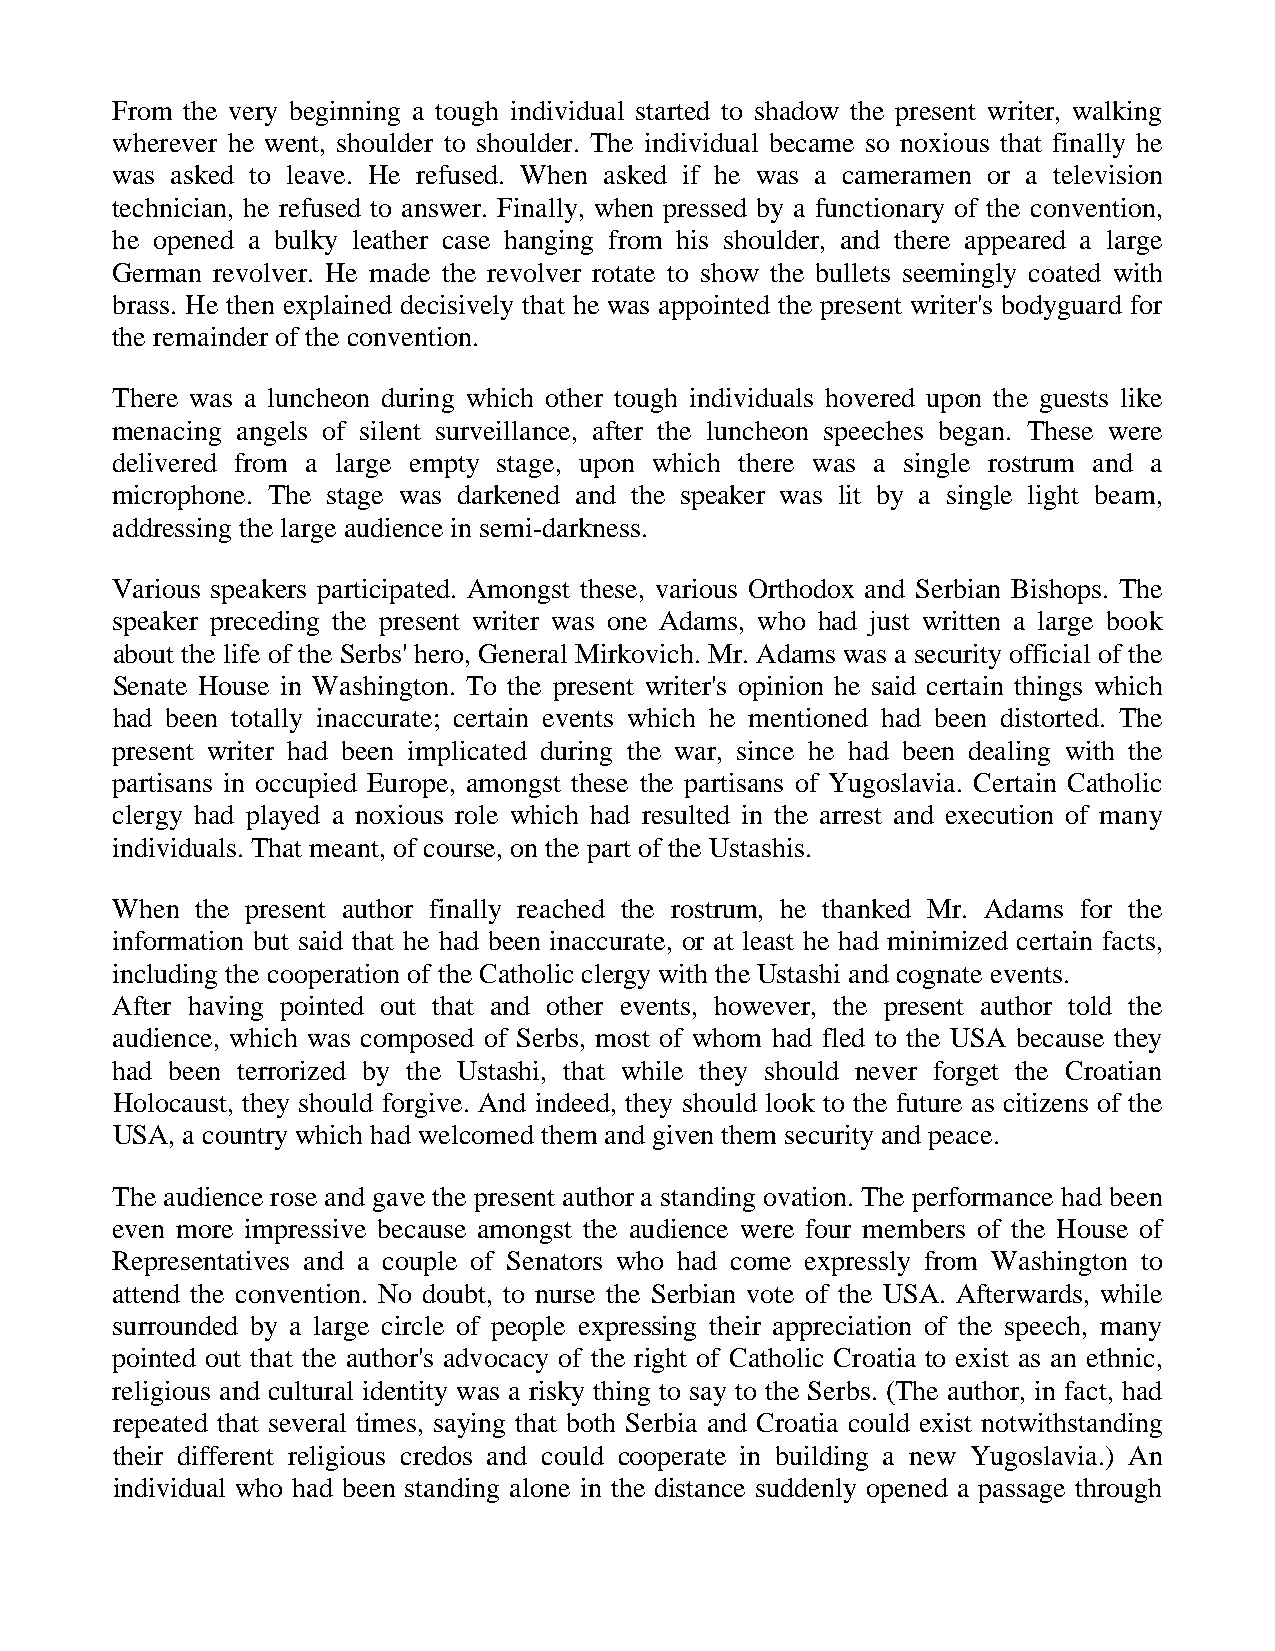
From the very beginning a tough individual started to shadow the present writer, walking
 wherever he went, shoulder to shoulder. The individual became so noxious that finally he
 was asked to leave. He refused. When asked if he was a cameramen or a television
 technician, he refused to answer. Finally, when pressed by a functionary of the convention,
 he opened a bulky leather case hanging from his shoulder, and there appeared a large
 German revolver. He made the revolver rotate to show the bullets seemingly coated with
 brass. He then explained decisively that he was appointed the present writer's bodyguard for
 the remainder of the convention.
 There was a luncheon during which other tough individuals hovered upon the guests like
 menacing angels of silent surveillance, after the luncheon speeches began. These were
 delivered from a large empty stage, upon which there was a single rostrum and a
 microphone. The stage was darkened and the speaker was lit by a single light beam,
 addressing the large audience in semi-darkness.
 Various speakers participated. Amongst these, various Orthodox and Serbian Bishops. The
 speaker preceding the present writer was one Adams, who had just written a large book
 about the life of the Serbs' hero, General Mirkovich. Mr. Adams was a security official of the
 Senate House in Washington. To the present writer's opinion he said certain things which
 had been totally inaccurate; certain events which he mentioned had been distorted. The
 present writer had been implicated during the war, since he had been dealing with the
 partisans in occupied Europe, amongst these the partisans of Yugoslavia. Certain Catholic
 clergy had played a noxious role which had resulted in the arrest and execution of many
 individuals. That meant, of course, on the part of the Ustashis.
 When  the present author finally reached the rostrum, he thanked Mr. Adams for the
 information but said that he had been inaccurate, or at least he had minimized certain facts,
 including the cooperation of the Catholic clergy with the Ustashi and cognate events.
 After having pointed out that and other events, however, the present author told the
 audience, which was composed of Serbs, most of whom had fled to the USA because they
 had been terrorized by the Ustashi, that while they should never forget the Croatian
 Holocaust, they should forgive. And indeed, they should look to the future as citizens of the
 USA, a country which had welcomed them and given them security and peace.
 The audience rose and gave the present author a standing ovation. The performance had been
 even more impressive because amongst the audience were four members of the House of
 Representatives and a couple of Senators who had come expressly from Washington to
 attend the convention. No doubt, to nurse the Serbian vote of the USA. Afterwards, while
 surrounded by a large circle of people expressing their appreciation of the speech, many
 pointed out that the author's advocacy of the right of Catholic Croatia to exist as an ethnic,
 religious and cultural identity was a risky thing to say to the Serbs. (The author, in fact, had
 repeated that several times, saying that both Serbia and Croatia could exist notwithstanding
 their different religious credos and could cooperate in building a new Yugoslavia.) An
 individual who had been standing alone in the distance suddenly opened a passage through